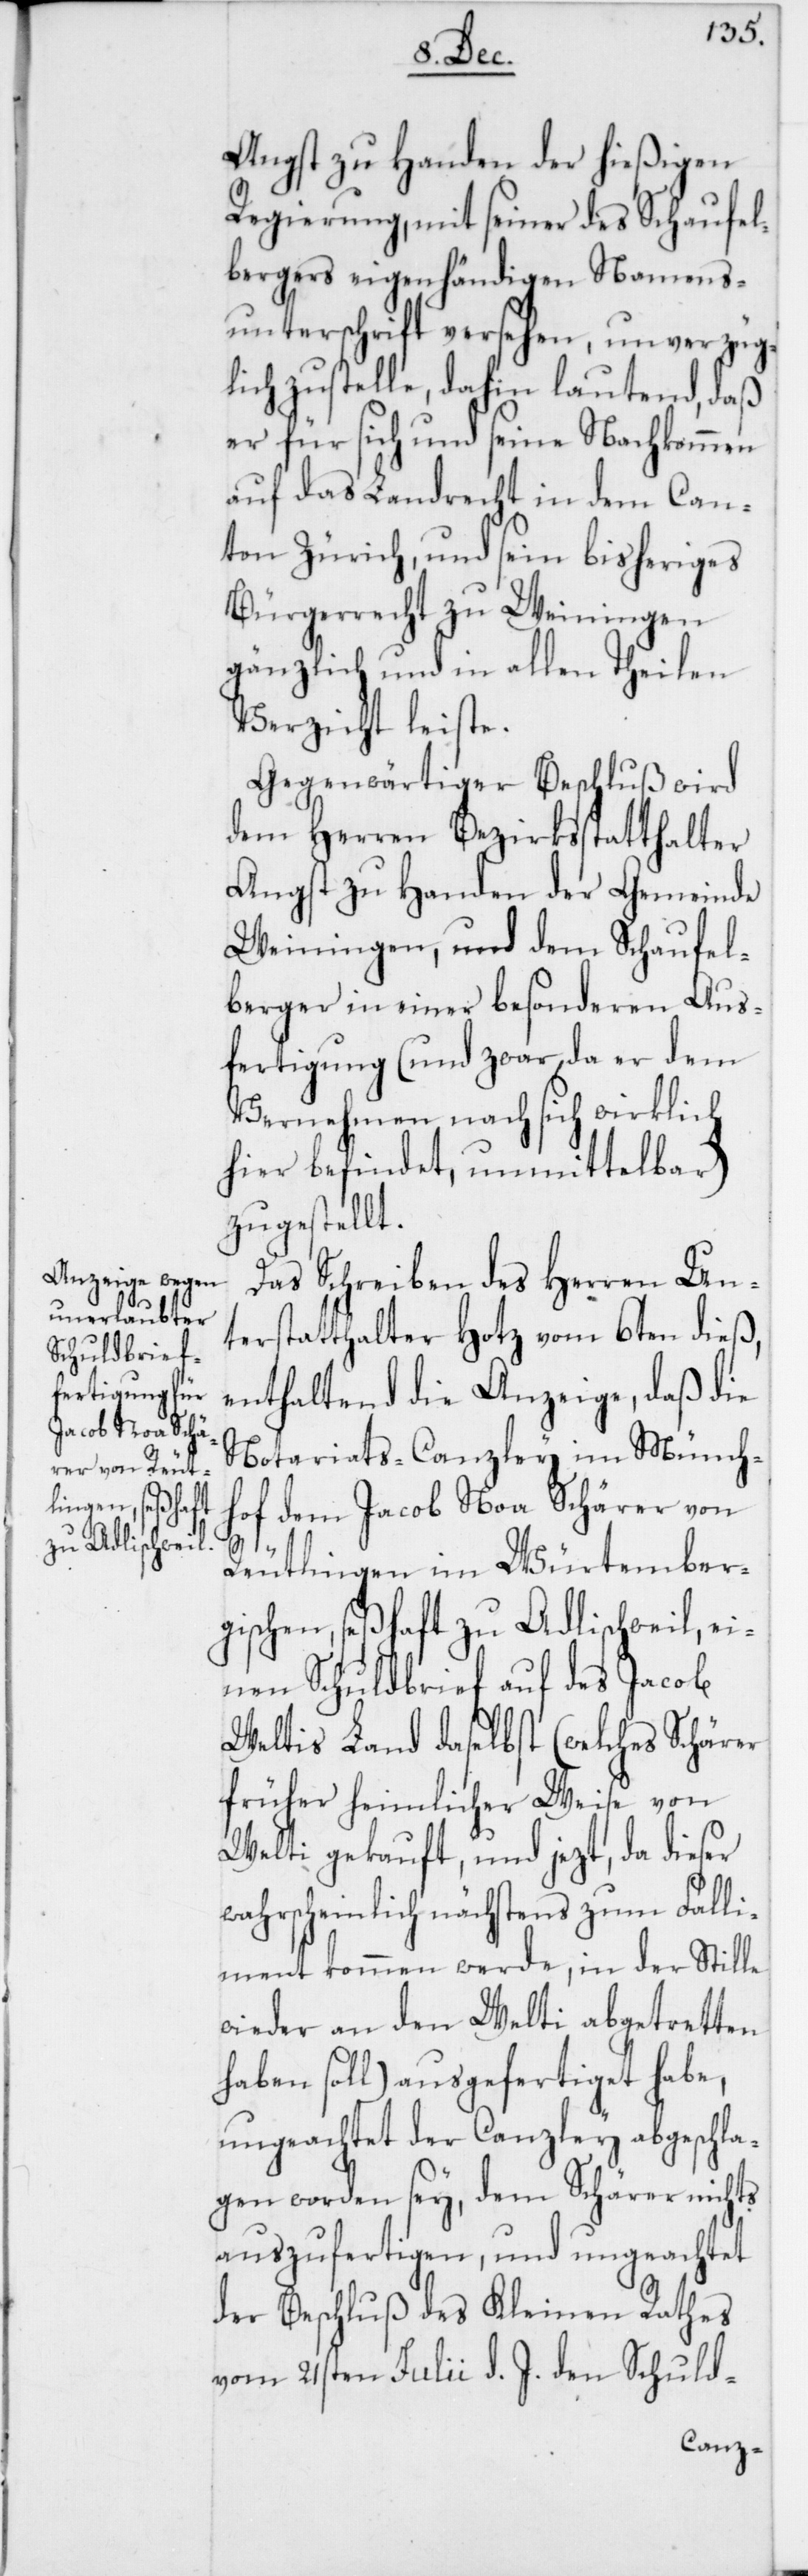
Angst zu Handen der hießigen
Regierung, mit seiner des Schaufel¬
bergers eigenhändigen Namens¬
unterschrift versehen, unverzügl¬
ich zustelle, dahin lautend, daß
er für sich und seine Nachkommen
auf das Landrecht in dem Can¬
ton Zürich, und sein bisheriges
Bürgerrecht zu Weiningen
gänzlich und in allen Theilen
Verzicht leiste.
Gegenwärtiger Beschluß wird
dem Herren Bezirksstatthalter
Angst zu Handen der Gemeinde
Weiningen, und dem Schaufel¬
berger in einer besonderen Aus¬
fertigung (und zwar, da er dem
Vernehmen nach sich wirklich
hier befindet, unmittelbar)
zugestellt.
Das Schreiben des Herren Un¬
terstatthalter Hotz vom 6ten dieß,
enthaltend die Anzeige, daß die
Notariats-Canzley im Münch¬
hof dem Jacob Noa Schärer von
Reutlingen im Würtember¬
gischen, seßhaft zu Adlischweil, ei¬
nen Schuldbrief auf des Jacob
Weltis Land daselbst (welches Schärer
früher heimlicherweise von
Welti gekauft, und jezt, da dieser
wahrscheinlich nächstens zum Falli¬
ment kommen werde, in der Stille
wieder an den Welti abgetretten
haben soll) ausgefertiget habe,
ungeachtet der Canzley abgeschla¬
gen worden sey, dem Schärer nichts
auszufertigen, und ungeachtet
der Beschluß des Kleinen Rathes
vom 21sten Julii d. J. den Schuld-